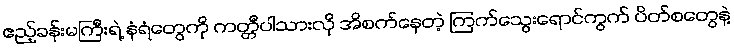
ဧည့်ခန်းမကြီးရဲ့ နံရံတွေကို ကတ္တီပါသားလို အိစက်နေတဲ့ ကြက်သွေးရောင်ကွက် ပိတ်စတွေနဲ့